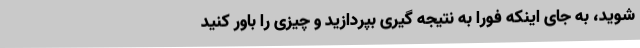
شوید، به جای اینکه فوراً به نتیجه گیری بپردازید و چیزی را باور کنید